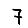
Digit: 7